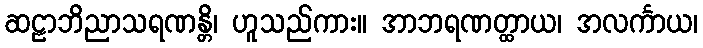
ဆဠာဘိညာသရဏန္တိ၊ ဟူသည်ကား။ အာဘရဏတ္ထာယ၊ အလင်္ကာယ၊